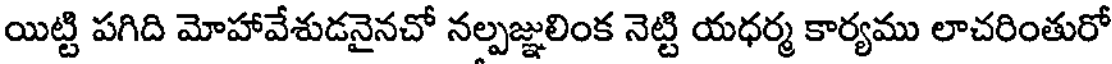
యిట్టి పగిది మోహావేశుడనైనచో నల్పజ్ఞులింక నెట్టి యధర్మ కార్యము లాచరింతురో